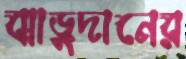
ঝাড়ুদানের